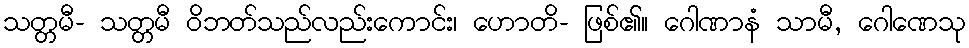
သတ္တမီ- သတ္တမီ ဝိဘတ်သည်လည်းကောင်း၊ ဟောတိ- ဖြစ်၏။ ဂေါဏာနံ သာမီ, ဂေါဏေသု